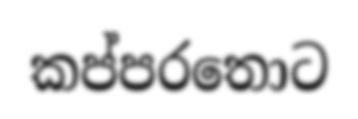
කප්පරතොට